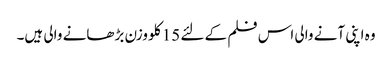
وہ اپنی آنے والی اس فلم کے لئے 15 کلو وزن بڑھانے والی ہیں۔